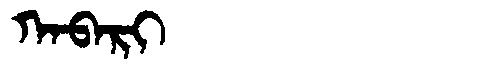
Manchu: ᡴᠠᠪᠠᡵᡳ
Romanization: KABARI